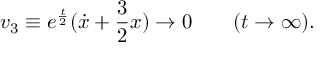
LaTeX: v _ { 3 } \equiv e ^ { \frac { t } { 2 } } ( { \dot { x } } + { \frac { 3 } { 2 } } x ) \rightarrow 0 \qquad ( t \rightarrow \infty ) .